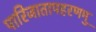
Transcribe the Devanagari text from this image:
पारिजातापहरणमु